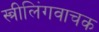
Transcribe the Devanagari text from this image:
स्त्रीलिंगवाचक